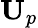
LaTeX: \mathbf{U}_{p}